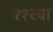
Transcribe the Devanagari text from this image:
११२वा